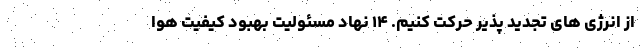
از انرژی های تجدید پذیر حرکت کنیم. ۱۴ نهاد مسئولیت بهبود کیفیت هوا